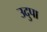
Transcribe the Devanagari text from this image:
उदुपा